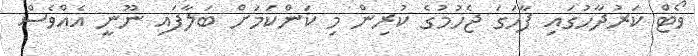
ވޯޓް ކަރުދާހުގައި ފާހަަގަ ޖެހުމުގެ ކުރިން މި ކަންކަމަށް ބަލާފައި ނޫނީ އެއްވެސް